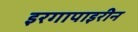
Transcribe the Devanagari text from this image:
इरगापाइरीन